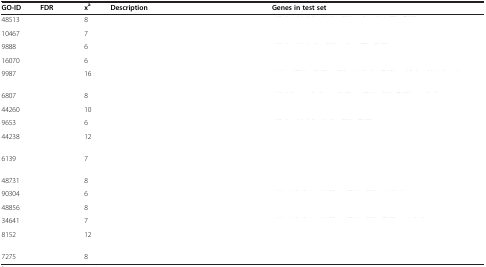
<table><thead><tr><td><b>GO-ID</b></td><td><b>FDR</b></td><td><b>x<sup>a</sup></b></td><td><b>Description</b></td><td><b>Genes in test set</b></td></tr></thead><tbody><tr><td>48513</td><td>[EMPTY_CELL]</td><td>8</td><td>[EMPTY_CELL]</td><td>[EMPTY_CELL]</td></tr><tr><td>10467</td><td>[EMPTY_CELL]</td><td>7</td><td>[EMPTY_CELL]</td><td>[EMPTY_CELL]</td></tr><tr><td>9888</td><td>[EMPTY_CELL]</td><td>6</td><td>[EMPTY_CELL]</td><td>[EMPTY_CELL]</td></tr><tr><td>16070</td><td>[EMPTY_CELL]</td><td>6</td><td>[EMPTY_CELL]</td><td>[EMPTY_CELL]</td></tr><tr><td>9987</td><td>[EMPTY_CELL]</td><td>16</td><td>[EMPTY_CELL]</td><td>[EMPTY_CELL]</td></tr><tr><td>6807</td><td>[EMPTY_CELL]</td><td>8</td><td>[EMPTY_CELL]</td><td>[EMPTY_CELL]</td></tr><tr><td>44260</td><td>[EMPTY_CELL]</td><td>10</td><td>[EMPTY_CELL]</td><td>[EMPTY_CELL]</td></tr><tr><td>9653</td><td>[EMPTY_CELL]</td><td>6</td><td>[EMPTY_CELL]</td><td>[EMPTY_CELL]</td></tr><tr><td>44238</td><td>[EMPTY_CELL]</td><td>12</td><td>[EMPTY_CELL]</td><td>[EMPTY_CELL]</td></tr><tr><td>6139</td><td>[EMPTY_CELL]</td><td>7</td><td>[EMPTY_CELL]</td><td>[EMPTY_CELL]</td></tr><tr><td>48731</td><td>[EMPTY_CELL]</td><td>8</td><td>[EMPTY_CELL]</td><td>[EMPTY_CELL]</td></tr><tr><td>90304</td><td>[EMPTY_CELL]</td><td>6</td><td>[EMPTY_CELL]</td><td>[EMPTY_CELL]</td></tr><tr><td>48856</td><td>[EMPTY_CELL]</td><td>8</td><td>[EMPTY_CELL]</td><td>[EMPTY_CELL]</td></tr><tr><td>34641</td><td>[EMPTY_CELL]</td><td>7</td><td>[EMPTY_CELL]</td><td>[EMPTY_CELL]</td></tr><tr><td>8152</td><td>[EMPTY_CELL]</td><td>12</td><td>[EMPTY_CELL]</td><td>[EMPTY_CELL]</td></tr><tr><td>7275</td><td>[EMPTY_CELL]</td><td>8</td><td>[EMPTY_CELL]</td><td>[EMPTY_CELL]</td></tr></tbody></table>